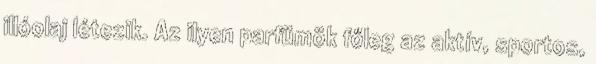
illóolaj létezik. Az ilyen parfümök főleg az aktív, sportos,